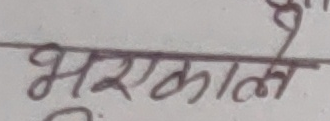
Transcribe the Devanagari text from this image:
भएकाले